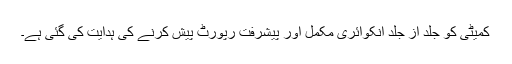
کمیٹی کو جلد از جلد انکوائری مکمل اور پیشرفت رپورٹ پیش کرنے کی ہدایت کی گئی ہے۔